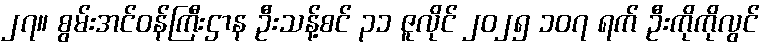
၂၇။ စွမ်းအင်ဝန်ကြီးဌာန ဦးသန့်စင် ၃၁ ဇူလိုင် ၂၀၂၅ ၁၀၇ ရက် ဦးကိုကိုလွင်